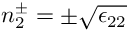
n _ { 2 } ^ { \pm } = \pm \sqrt { \epsilon _ { 2 2 } }